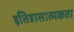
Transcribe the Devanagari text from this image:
इतिहासात्मकता